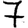
Digit: 7